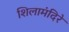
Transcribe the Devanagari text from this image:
शिलामंदिरे